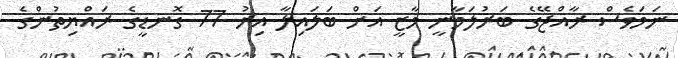
ނަމަވެސް ރާއްޖޭގެ ބަރުލަމާނީ މާޒީ އަށް ބަލައިލާ އިރު 77 ގޮނޑީގެ ރައްޔިތުންގެ